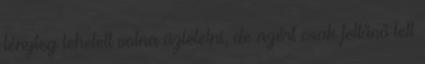
tényleg lehetett volna üzletelni, de azért csak feltűnő lett